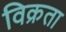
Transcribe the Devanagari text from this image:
विक्रता